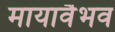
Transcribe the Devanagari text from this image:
मायावैभव